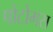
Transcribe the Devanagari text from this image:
पोटोमस